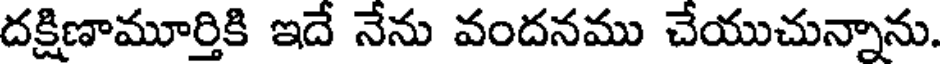
దక్షిణామూర్తికి ఇదే నేను వందనము చేయుచున్నాను.